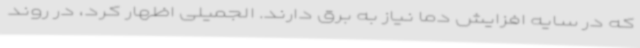
که در سایه افزایش دما نیاز به برق دارند. الجمیلی اظهار کرد، در روند